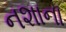
નશાના